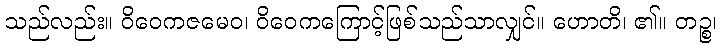
သည်လည်း။ ဝိဝေကဇမေဝ၊ ဝိဝေကကြောင့်ဖြစ်သည်သာလျှင်။ ဟောတိ၊ ၏။ တဉ္စ၊